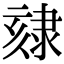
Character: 𨽷